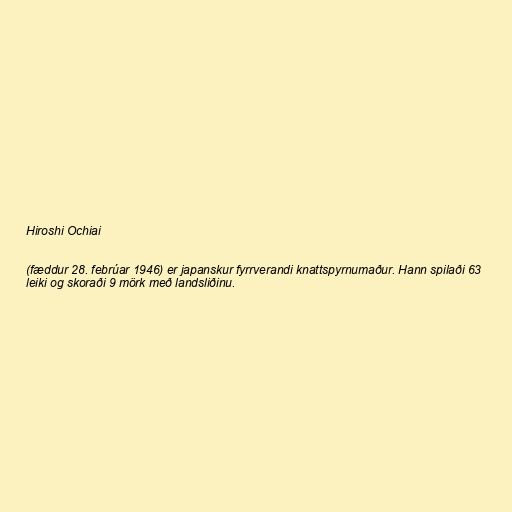
Hiroshi Ochiai

(fæddur 28. febrúar 1946) er japanskur fyrrverandi knattspyrnumaður. Hann spilaði 63
leiki og skoraði 9 mörk með landsliðinu.